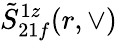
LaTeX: \tilde{S}_{21f}^{1z}(r,\vee)